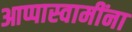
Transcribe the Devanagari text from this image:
आप्पास्‍वामींना